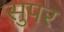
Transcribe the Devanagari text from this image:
सुपर